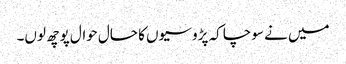
میں نے سوچا کہ پڑوسیوں کا حال حوال پوچھ لوں۔